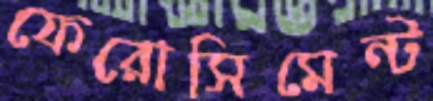
ফেরোসিমেন্ট